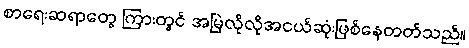
စာရေးဆရာတွေ ကြားတွင် အမြဲလိုလိုအငယ်ဆုံးဖြစ်နေတတ်သည်။